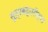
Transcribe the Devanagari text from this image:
सूत्रबद्धरीत्या